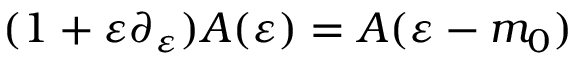
( 1 + \varepsilon \partial _ { \varepsilon } ) A ( \varepsilon ) = A ( \varepsilon - m _ { 0 } )